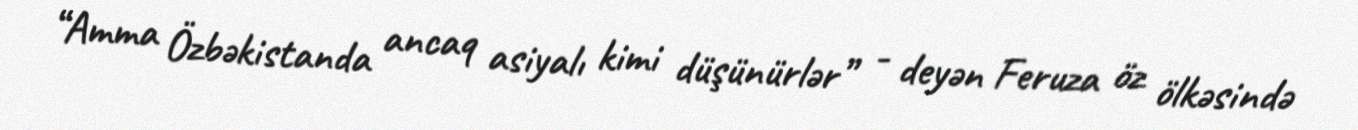
“Amma Özbəkistanda ancaq asiyalı kimi düşünürlər” - deyən Feruza öz ölkəsində